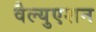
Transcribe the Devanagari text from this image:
वैल्युएशन